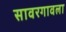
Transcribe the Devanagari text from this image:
सावरगावला